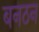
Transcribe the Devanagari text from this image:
बनठन